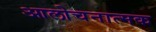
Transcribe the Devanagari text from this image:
आलोचनात्‍मक